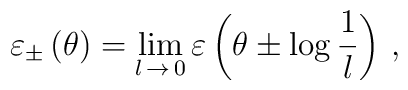
\varepsilon _{\pm }\left( \theta \right) =\lim _{l\, \rightarrow \, 0}\varepsilon \left( \theta \pm \log \frac{1}{l}\right) \,,